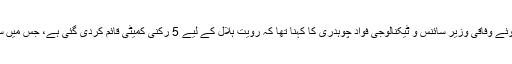
گزشتہ روز مائیکرو بلاگنگ ویب سائٹ پر ٹویٹ کرتے ہوئے وفاقی وزیر سائنس و ٹیکنالوجی فواد چوہدری کا کہنا تھا کہ رویت ہلال کے لیے 5 رکنی کمیٹی قائم کردی گئی ہے، جس میں سپارکو، محکمہ موسمیات اور ٹیکنالوجی ماہرین شامل ہیں۔